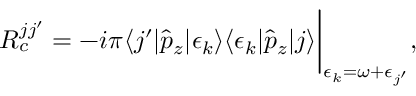
R _ { c } ^ { j j ^ { \prime } } = - i \pi \langle j ^ { \prime } | \hat { p } _ { z } | \epsilon _ { k } \rangle \langle \epsilon _ { k } | \hat { p } _ { z } | j \rangle \bigg | _ { \epsilon _ { k } = \omega + \epsilon _ { j ^ { \prime } } } ,